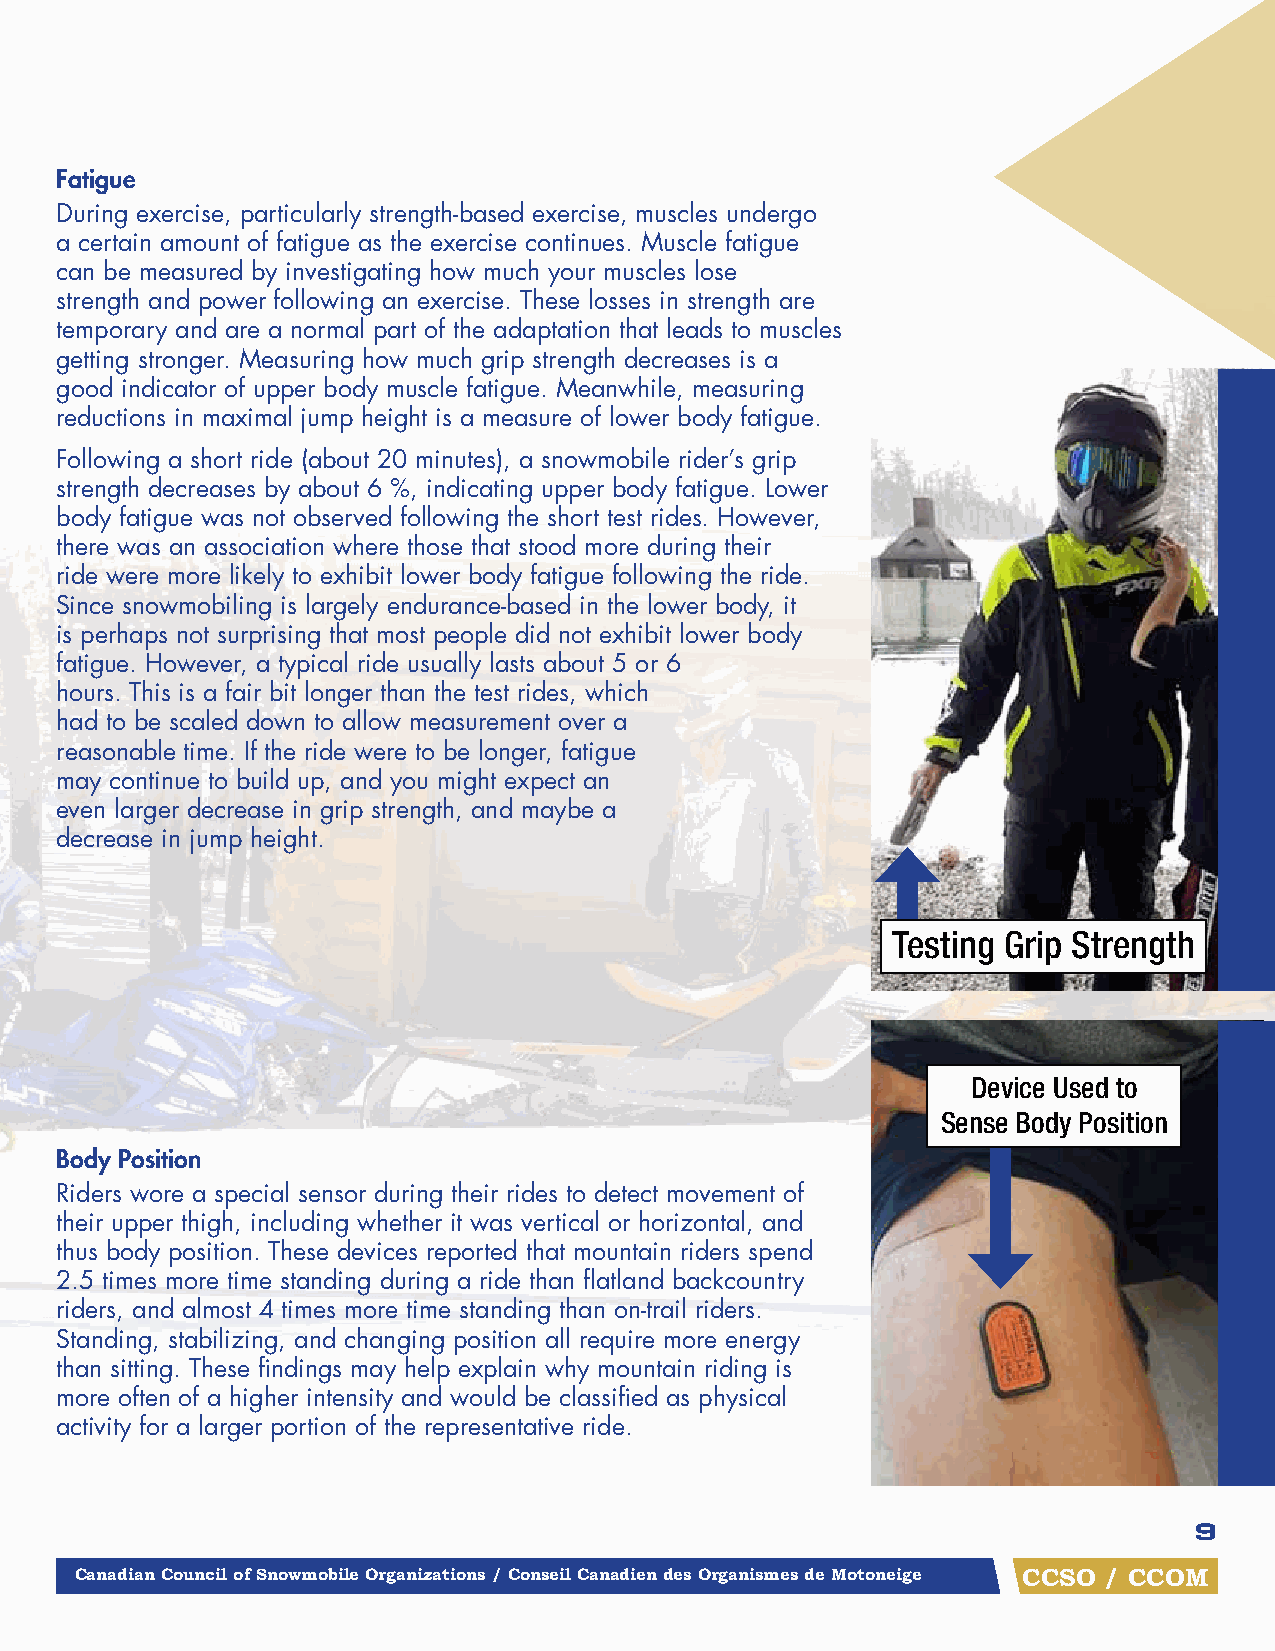
fatigue
 During exercise, particularly strength-based exercise, muscles undergo
 a certain amount of fatigue as the exercise continues. Muscle fatigue
 can be measured by investigating how much your muscles lose
 strength and power following an exercise. These losses in strength are
 temporary and are a normal part of the adaptation that leads to muscles
 getting stronger. Measuring how much grip strength decreases is a
 good indicator of upper body muscle fatigue. Meanwhile, measuring
 reductions in maximal jump height is a measure of lower body fatigue.
 Following a short ride (about 20 minutes), a snowmobile rider’s grip
 strength decreases by about 6 %, indicating upper body fatigue. Lower
 body fatigue was not observed following the short test rides. However,
 there was an association where those that stood more during their
 ride were more likely to exhibit lower body fatigue following the ride.
 Since snowmobiling is largely endurance-based in the lower body, it
 is perhaps not surprising that most people did not exhibit lower body
 fatigue. However, a typical ride usually lasts about 5 or 6
 hours. This is a fair bit longer than the test rides, which
 had to be scaled down to allow measurement over a
 reasonable time. If the ride were to be longer, fatigue
 may continue to build up, and you might expect an
 even larger decrease in grip strength, and maybe a
 decrease in jump height.
 Testing Grip Strength
 Device Used to
 Sense Body Position
 Body Position
 Riders wore a special sensor during their rides to detect movement of
 their upper thigh, including whether it was vertical or horizontal, and
 thus body position. These devices reported that mountain riders spend
 2.5 times more time standing during a ride than flatland backcountry
 riders, and almost 4 times more time standing than on-trail riders.
 Standing, stabilizing, and changing position all require more energy
 than sitting. These findings may help explain why mountain riding is
 more often of a higher intensity and would be classified as physical
 activity for a larger portion of the representative ride.
 9
 Canadian Council of Snowmobile Organizations / Conseil Canadien des Organismes de Motoneige CCSO / CCOM